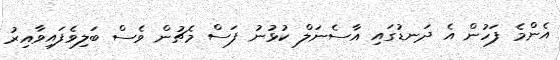
އެންމެ ފަހުން އެ ދަނޑުގައި އާސެނަލް ކުޅުނު ފަސް މެޗުން ވެސް ބަލިވެފައިވާއިރު